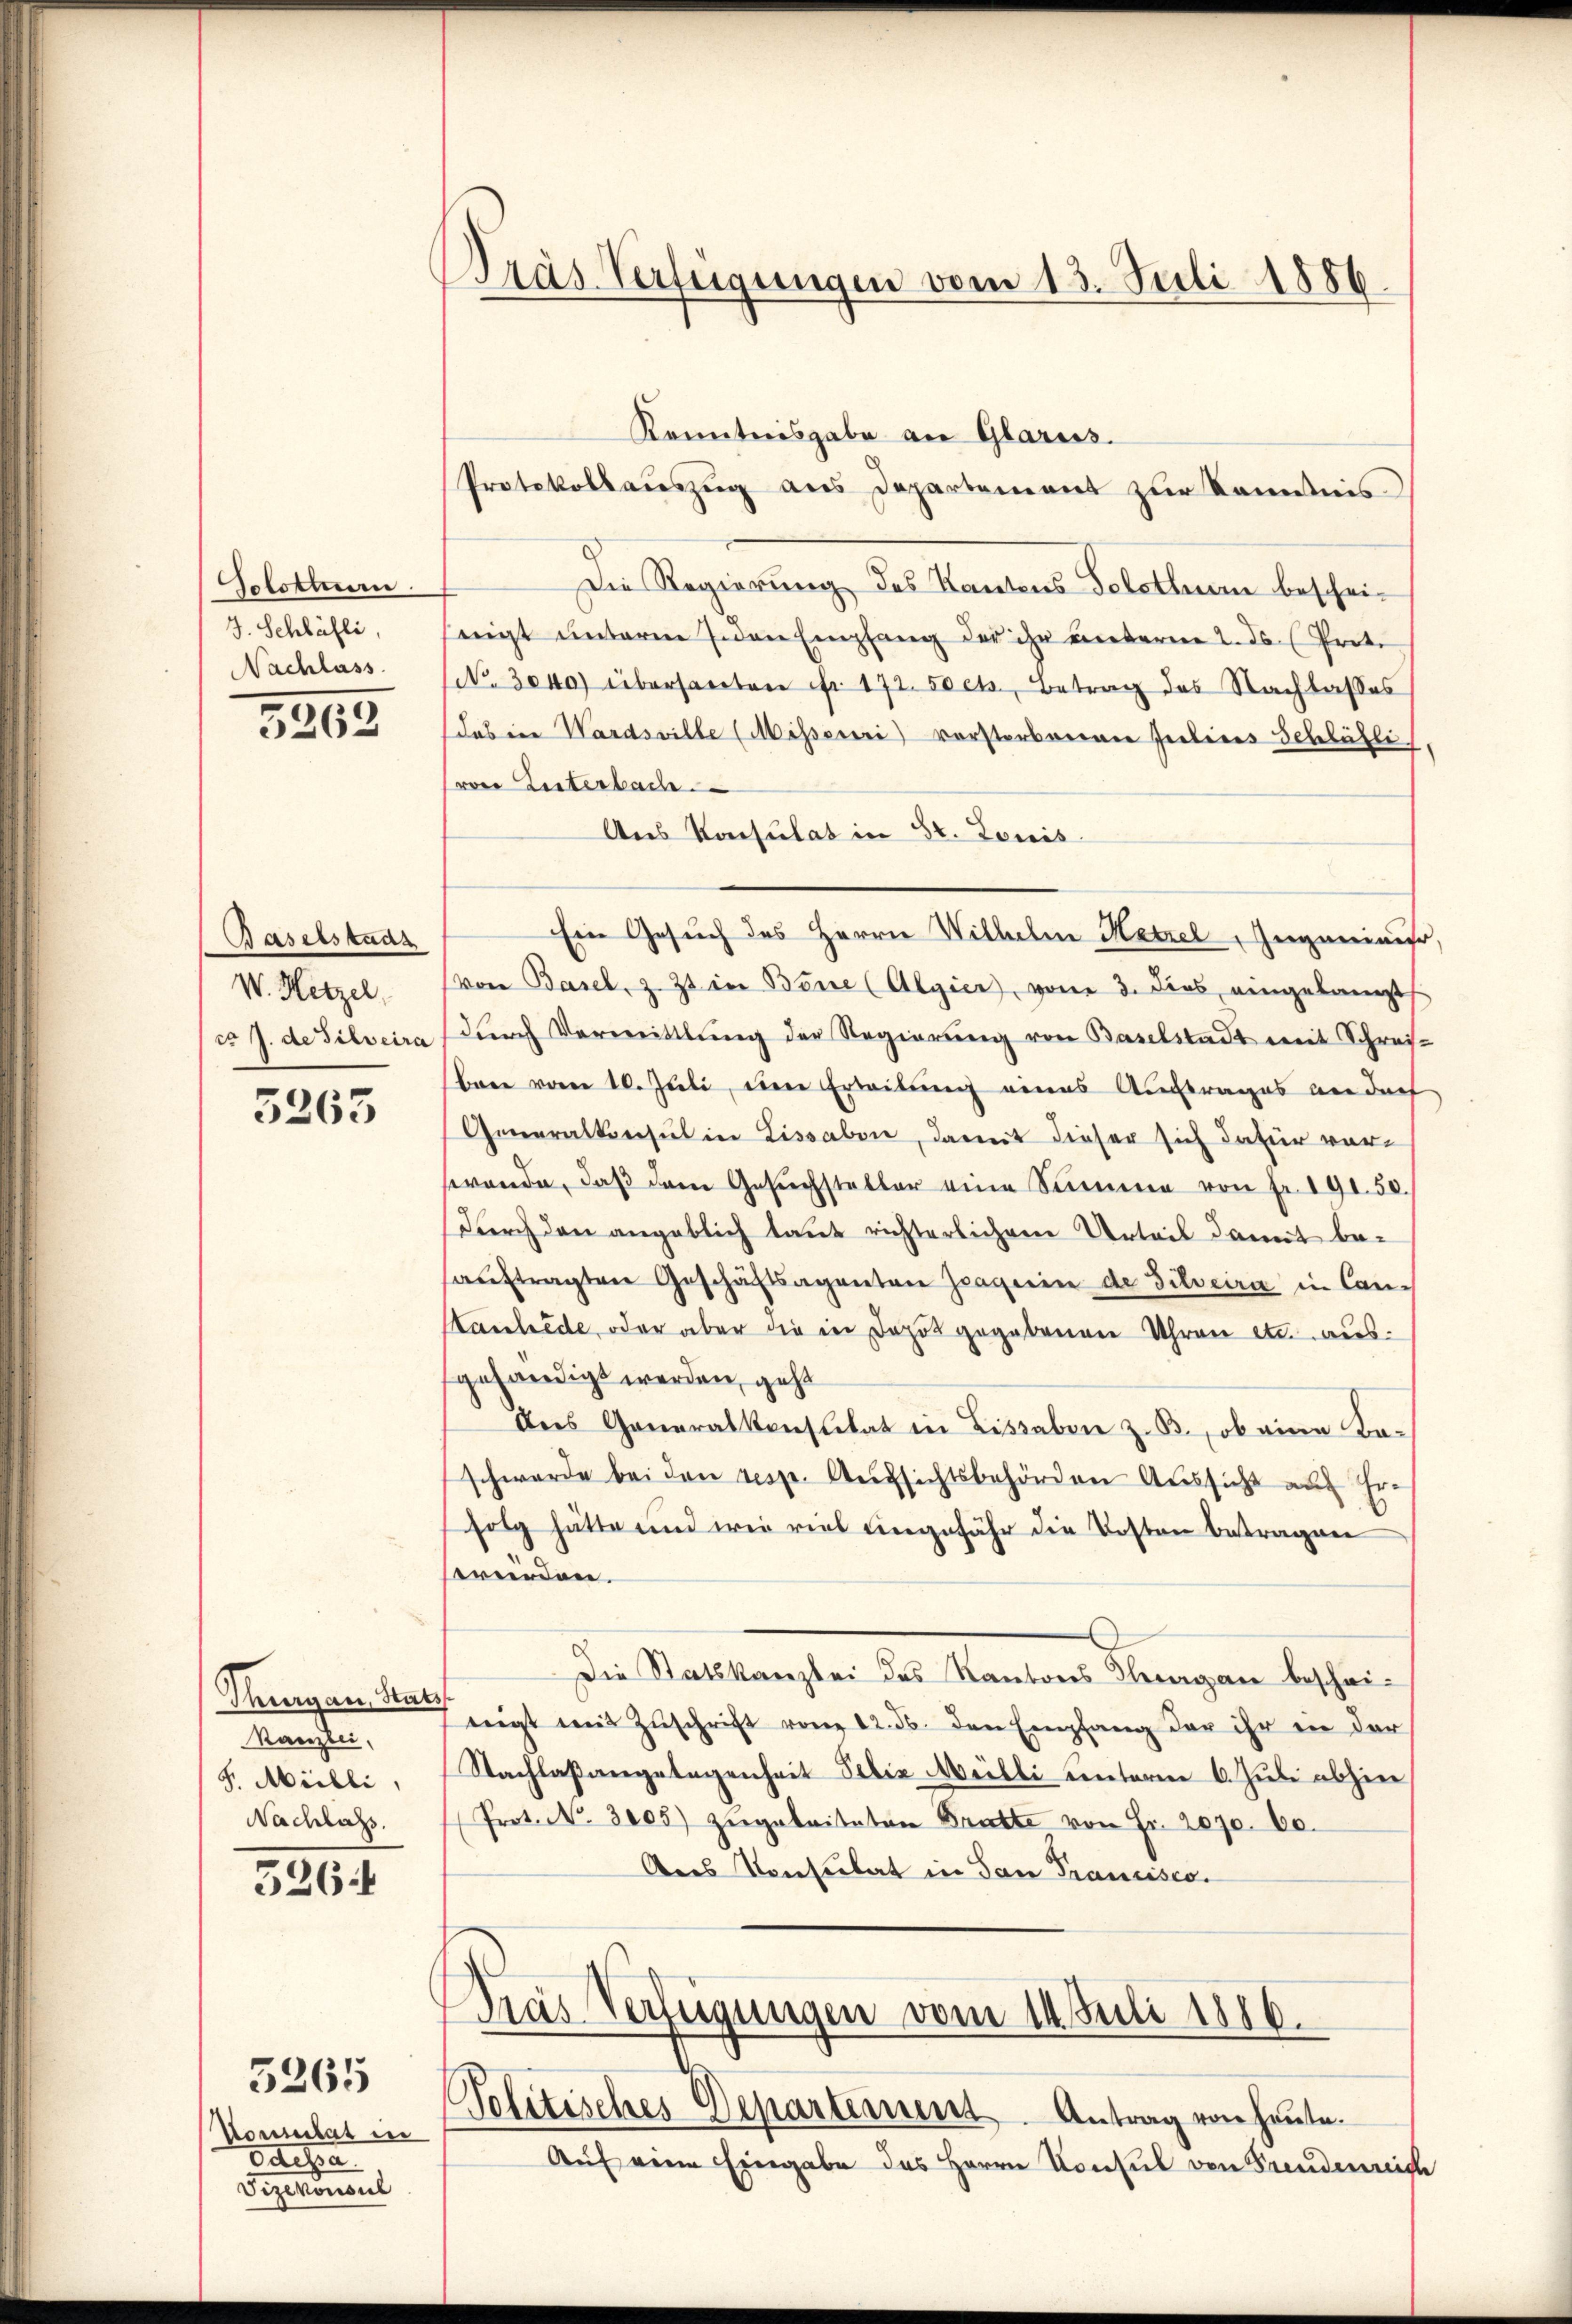
Solottan.
J. Schläfli,
Nachlass

5262

Baselstadt
V. Hetzel,
cr J. de Silveira

3263

Thurgau, Stats
Kanzlei,
F. Milli,
Nachlass.

526.

Konsulat in
Odesa
Fizekonsul

5265

Bräs Verfügungen vom 13. Juli 1889

Kenntnisgabe an Glarus.
Protokollauszug aus Departement zur Kenntnis.
Die Regierung des Kantons Selothurn bescheiseigt unterne jeden Empfang der ihr unterm 2. ds. (Proto
NNo. 3040) übersanten fr. 172. 50 ct. Betrag des Nachlasses
dabei Wardsville (Misseuri) vorstorberner Treteres Schläsli,
von Literbach.
Aus Konsulat in St. Louis
(von Basel, z. Zt. in Bone (Algier, vom 3. Dies angelangt
durch Vermittlung der Regierŭng von Baselstadt mit Schreis-
bare von 10. Juli, eine Erleitung eines Auftrages an doch
Generalkonsul in Lissabon, damit dieser sich dafür vorswande, daβ dem Gesŭchsteller eine Summe von Fr. 191. 50.
Durch den angeblich laut richterlichem Urteil damit behaŭftragten Geschäftsagenten Zagrin de Silveira in Can¬
Hauhede, oder aber die in Depot gegebenen Uhren etc. aus.
gehändigt werden, geht
Des Generalkonsulat in Lissaben z. B., ob eine Beschwerde bei den resp. Aufsichtsbehörden Aussicht auf Erfolg hätte und wie viel eingefähr die Kosten betragen
sreinden.
Die Statskanzlei des Kantons Sargau bescheineigt mit Zŭschrift von 12. ds. den Empfang der ihr in der
Nachlaßangelegenheit Felix Weibli unterm 6. Juli abhin
Prot. N. 3005) zugebritaten Bruchte von Fr. 2090. 60.
Ans Konsulat in San Francisco
Tras Verfügungen vom 14. Juli 1886.
s
Politisches Departemens. Antrag von heute.
Auf eine Eingabe des Herrn Konsul von Freudenreich

Ein Gesuch des Herrn Wilhelm Herzel Augenieur,